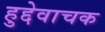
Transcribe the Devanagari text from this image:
हुद्देवाचक